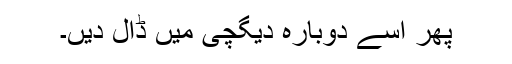
پھر اسے دوبارہ دیگچی میں ڈال دیں۔